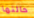
حالتها